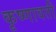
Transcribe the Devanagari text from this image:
कृष्णावती